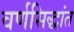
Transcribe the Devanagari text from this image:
वर्णसिद्धांत